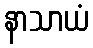
နာသာယံ